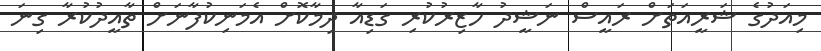
މިއަދުގެ ޝަރީއަތަށް ރައީސް ނަޝީދު ހާޒިރުކުރި ގަޑިއާ ދިމާކޮށް އެމަނިކުފާނަށް ތާއީދުކުރާ ގިނަ